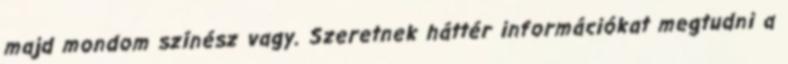
majd mondom színész vagy. Szeretnek háttér információkat megtudni a